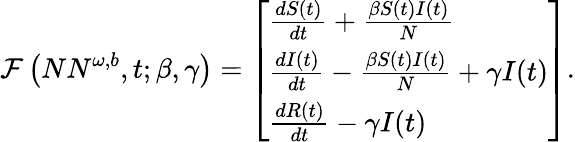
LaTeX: \mathcal{F}\left({NN}^{\omega,b},t;\beta,\gamma\right)=\left[\begin{array}{l}{\frac{dS(t)}{dt}+\frac{\beta S(t)I(t)}{N}}\\ {\frac{dI(t)}{dt}-\frac{\beta S(t)I(t)}{N}+\gamma I(t)}\\ {\frac{dR(t)}{dt}-\gamma I(t)}\end{array}\right].